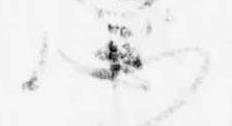
心